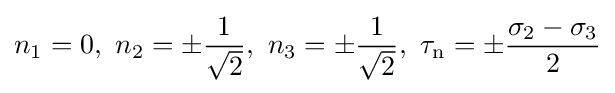
n_{1}=0,\,\,n_{2}=\pm {\frac {1}{\sqrt {2}}},\,\,n_{3}=\pm {\frac {1}{\sqrt {2}}},\,\,\tau _{\text{n}}=\pm {\frac {\sigma _{2}-\sigma _{3}}{2}}